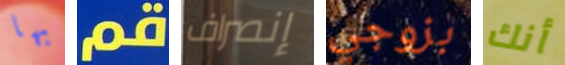
بها قم إنصراف بزوجي أنك